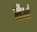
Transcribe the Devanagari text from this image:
सैभं